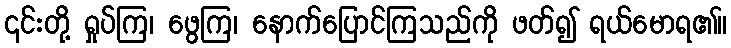
၎င်းတို့ ရှုပ်ကြ၊ ဖွေကြ၊ နောက်ပြောင်ကြသည်ကို ဖတ်၍ ရယ်မောရ၏။